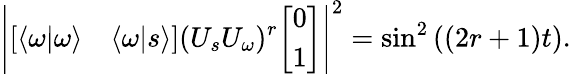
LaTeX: \left|{\left[\begin{array}{ll}{\langle\omega|\omega\rangle}&{\langle\omega|s\rangle}\end{array}\right]}(U_{s}U_{\omega})^{r}{\left[\begin{array}{l}{0}\\ {1}\end{array}\right]}\right|^{2}=\sin^{2}\left((2r+1)t\right).